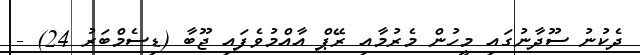
ދެކުނު ސޫދާނުގައި މީހުން މެރުމާއި ރޭޕް އާއްމުވެފައި ޖޫބާ (ޑިސެމްބަރު 24) -